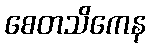
စေတသိကေန